Annual administration report of the Civil Veterinary Department of India - 1894-1895
Year: 1894
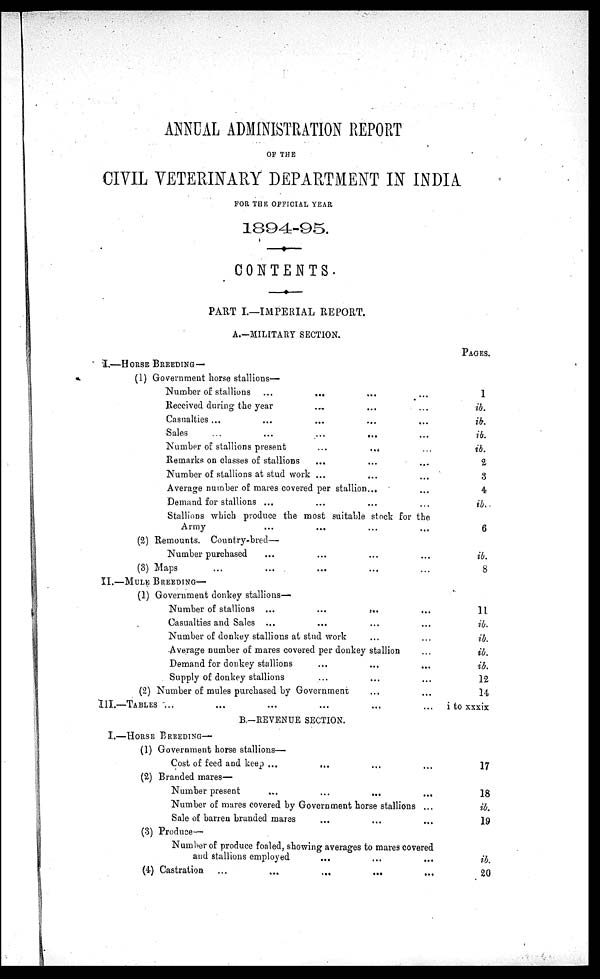
ANNUAL ADMINISTRATION REPORT
OF THE
CIVIL VETERINARY DEPARTMENT IN INDIA
FOR THE OFFICIAL YEAR
1894-95.
CONTENTS.
PART I.—IMPERIAL REPORT.
A.—MILITARY SECTION.
I.—HORSE BREEDING—
(1) Government horse stallions-
Number of stallions ...
... ... ...
Received during the year ... ... ...
Casualties ... ... ... ... ...
Sales
...
...
...
...
...
Number of stallions present
...
...
...
Remarks on classes of stallions
... ... ...
Number of stallions at stud work ... ... ...
Average number of mares covered per stallion ... ...
Demand for stallions ... ... ... ...
Stallions which produce the most suitable stock for the
Army ... ... ... ...
(2) Remounts.Country-bred—
Number purchased ... ... ... ...
(3) Maps ... ... ... ... ...
II.—MULE BREEDING—
(1) Government donkey stallions—
Number of stallions ...
...
.. ...
Casualties and Sales ... ... ... ...
Number of donkey stallions at stud work ... ...
Average number of mares covered per donkey stallion ...
Demand for donkey stallions ... ... ...
Supply of donkey stallions ... ... ...
(2) Number of mules purchased by Government ... ...
III.—TABLES ... ... ... ... ...
B.-REVENUE SECTION.
I.—HORSE BREDDING—
(1) Government horse stallions—
Cost of feed and keep ...
... ... ...
(2) Branded mares-
Number present
...
...
... ...
Number of mares covered by Government horse stallions ...
Sale of barren branded mares ... ... ...
(3) Produce-
Number of produce foaled, showing averages to mares covered
and stallions employed ... ... ...
(4) Castration
...
...
...
...
...
PAGES.
1
ib.
ib.
ib.
ib.
2
3
4
ib.
6
ib.
8
11
ib.
ib.
ib.
ib.
12
14
i to xxxix
17
18
ib.
19
ib.
20